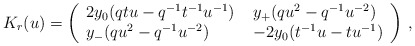
\begin{align*}K_r (u)=\left( \begin{array}{ll}2y_{0}(qtu-q^{-1}t^{-1}u^{-1}) \; & y_{+}(qu^2 -q^{-1}u^{-2}) \\y_{-}(qu^2 -q^{-1}u^{-2}) \; & -2y_{0}(t^{-1}u-tu^{-1})\end{array} \right )\, ,\end{align*}